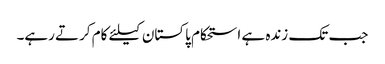
جب تک زندہ ہے استحکام پاکستان کیلئے کام کرتے رہے۔